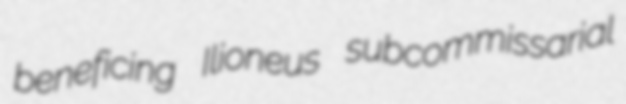
beneficing Ilioneus subcommissarial